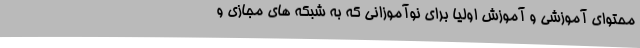
محتوای آموزشی و آموزش اولیا برای نوآموزانی که به شبکه های مجازی و